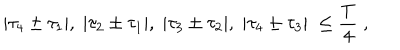
LaTeX: | { \tau } _ { 4 } \pm { \tau } _ { 1 } | , \; | { \tau } _ { 2 } \pm { \tau } _ { 1 } | , \; | { \tau } _ { 3 } \pm { \tau } _ { 2 } | , \; | { \tau } _ { 4 } \pm { \tau } _ { 3 } | \; \leq \frac { T } { 4 } \; ,